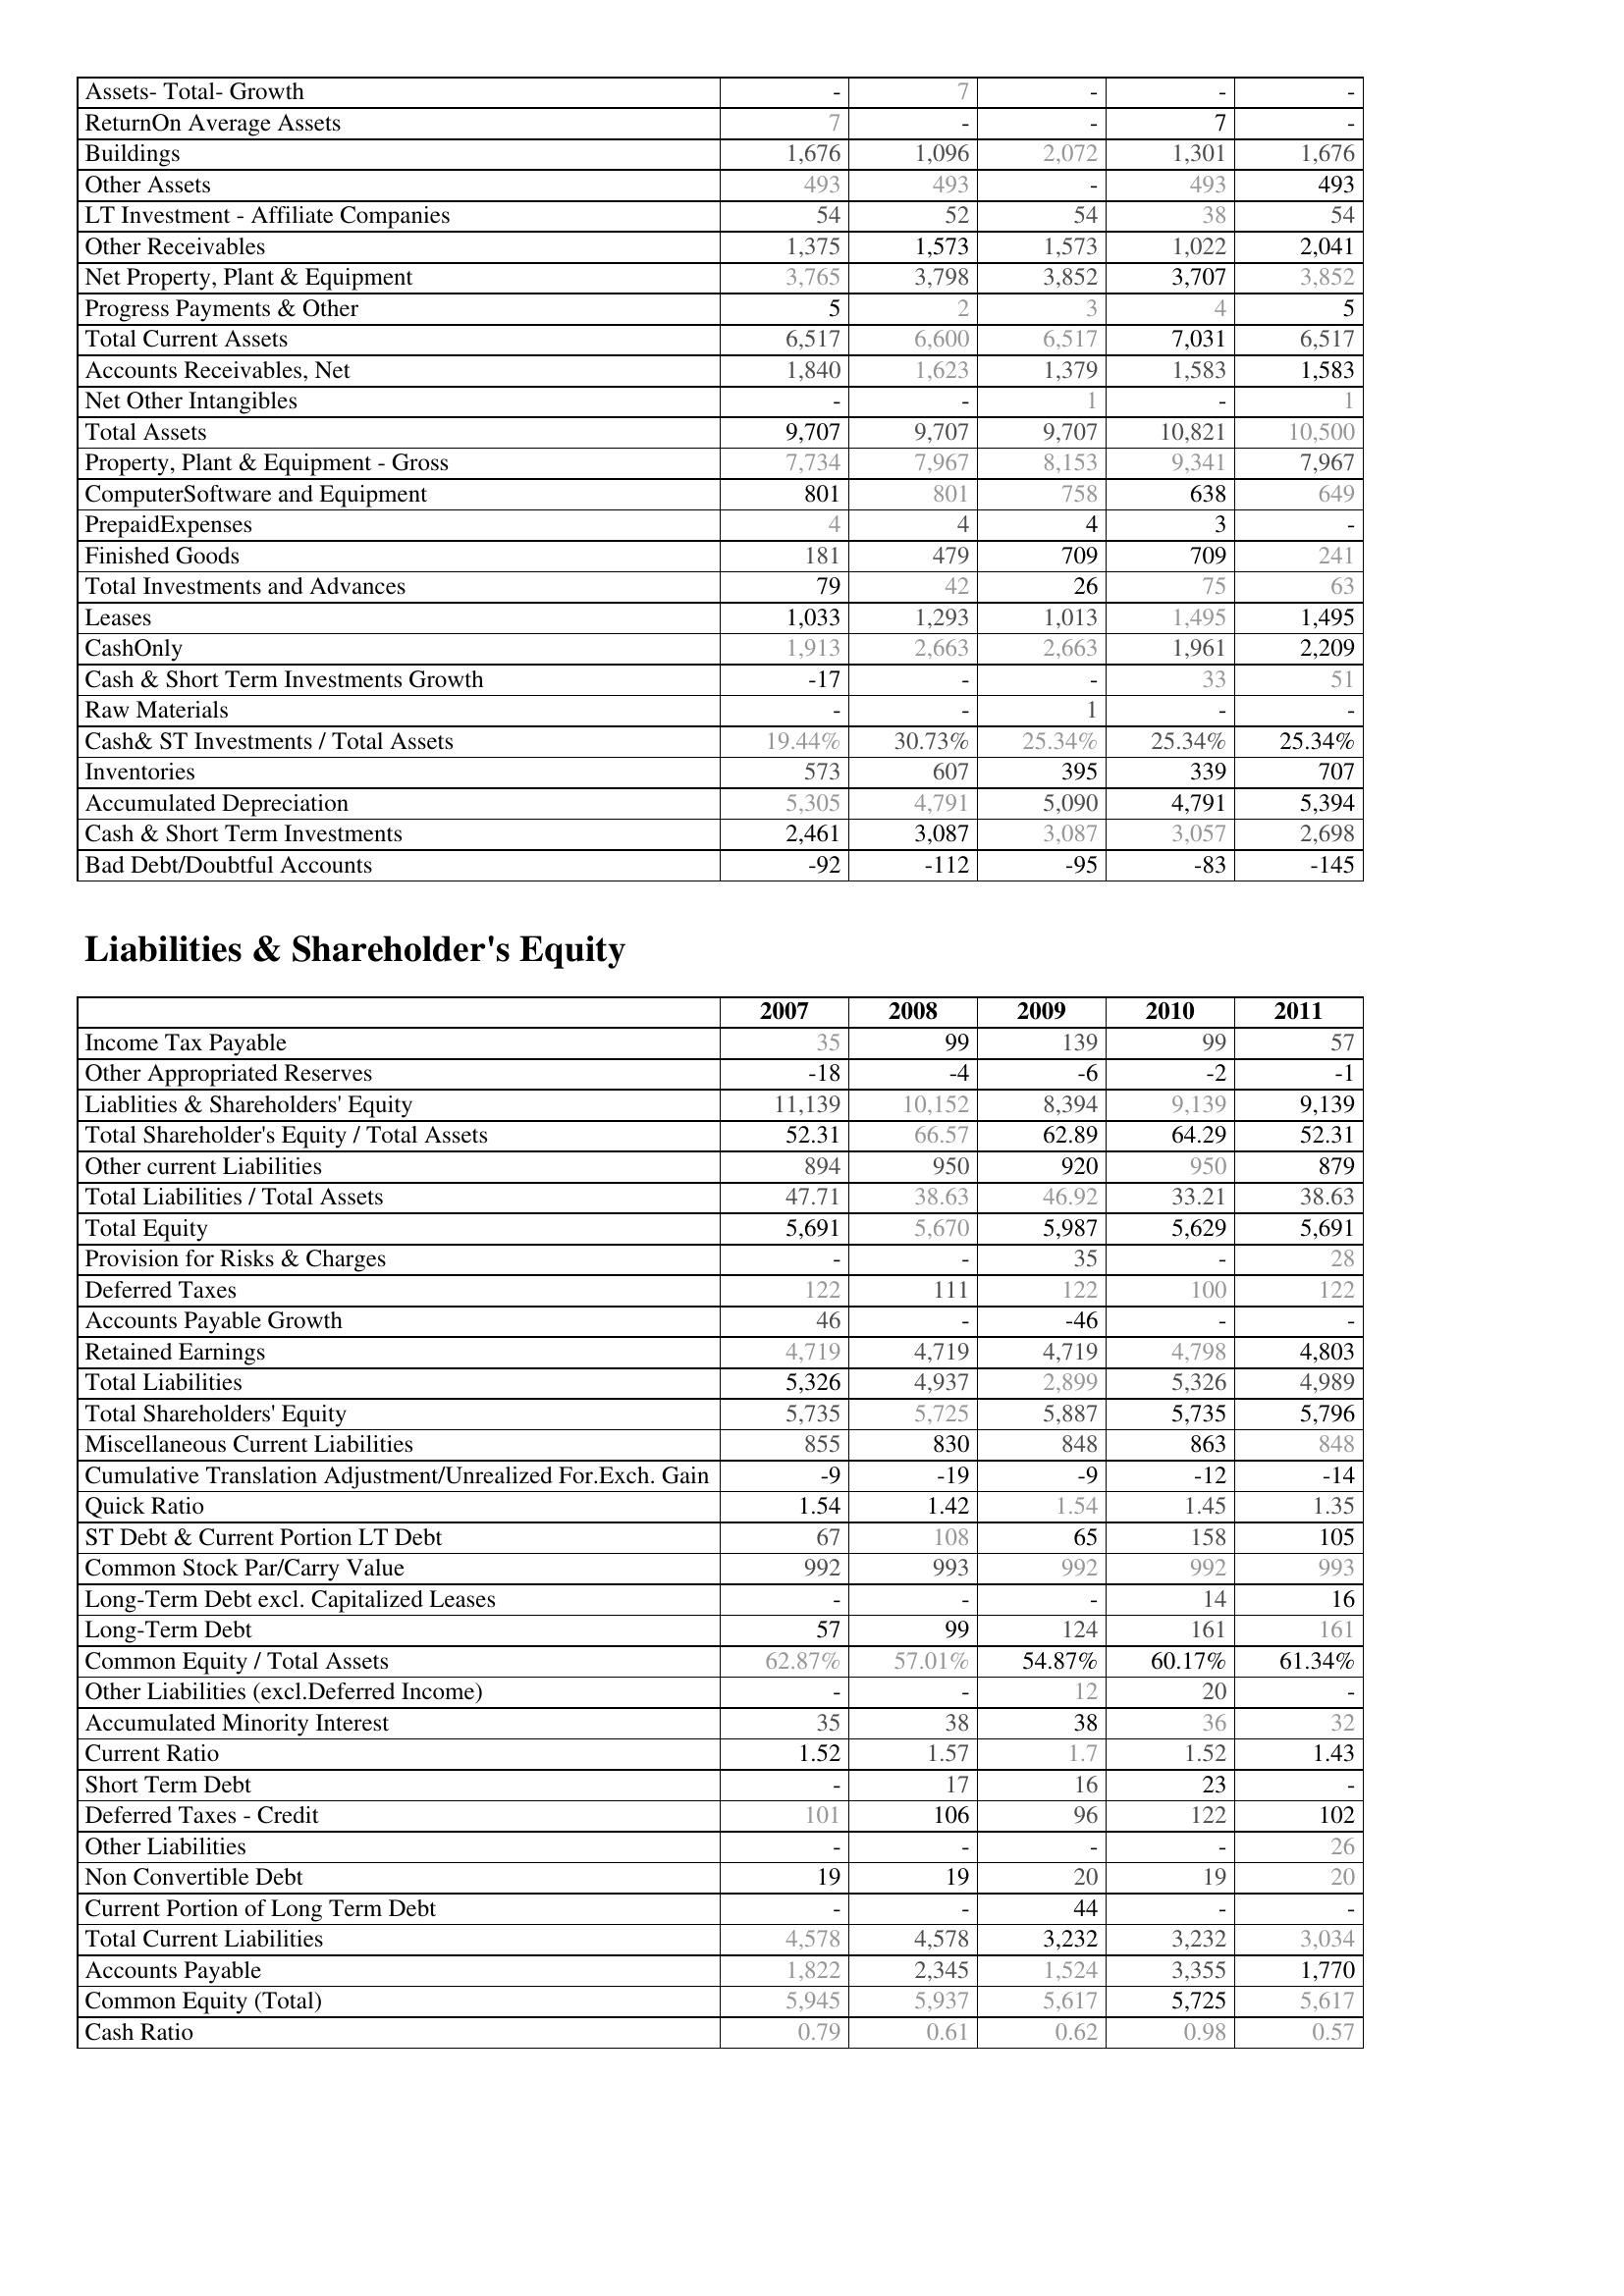
2007: Assets: Assets- Total- Growth: -
ReturnOn Average Assets: 7
Buildings: 1,676
Other Assets: 493
LT Investment - Affiliate Companies: 54
Other Receivables: 1,375
Net Property, Plant & Equipment: 3,765
Progress Payments & Other: 5
Total Current Assets: 6,517
Accounts Receivables, Net: 1,840
Net Other Intangibles: -
Total Assets: 9,707
Property, Plant & Equipment - Gross : 7,734
ComputerSoftware and Equipment: 801
PrepaidExpenses: 4
Finished Goods: 181
Total Investments and Advances: 79
Leases: 1,033
CashOnly: 1,913
Cash & Short Term Investments Growth: -17
Raw Materials: -
Cash& ST Investments / Total Assets: 19.44%
Inventories: 573
Accumulated Depreciation: 5,305
Cash & Short Term Investments: 2,461
Bad Debt/Doubtful Accounts: -92
Liabilities & Shareholder's Equity: Income Tax Payable: 35
Other Appropriated Reserves: -18
Liablities & Shareholders' Equity: 11,139
Total Shareholder's Equity / Total Assets: 52.31
Other current Liabilities: 894
Total Liabilities / Total Assets: 47.71
Total Equity: 5,691
Provision for Risks & Charges: -
Deferred Taxes: 122
Accounts Payable Growth: 46
Retained Earnings: 4,719
Total Liabilities: 5,326
Total Shareholders' Equity: 5,735
Miscellaneous Current Liabilities: 855
Cumulative Translation Adjustment/Unrealized For.Exch. Gain: -9
Quick Ratio: 1.54
ST Debt & Current Portion LT Debt: 67
Common Stock Par/Carry Value: 992
Long-Term Debt excl. Capitalized Leases: -
Long-Term Debt: 57
Common Equity / Total Assets: 62.87%
Other Liabilities (excl.Deferred Income): -
Accumulated Minority Interest: 35
Current Ratio: 1.52
Short Term Debt: -
Deferred Taxes - Credit: 101
Other Liabilities: -
Non Convertible Debt: 19
Current Portion of Long Term Debt: -
Total Current Liabilities: 4,578
Accounts Payable: 1,822
Common Equity (Total): 5,945
Cash Ratio: 0.79
2008: Assets: Assets- Total- Growth: 7
ReturnOn Average Assets: -
Buildings: 1,096
Other Assets: 493
LT Investment - Affiliate Companies: 52
Other Receivables: 1,573
Net Property, Plant & Equipment: 3,798
Progress Payments & Other: 2
Total Current Assets: 6,600
Accounts Receivables, Net: 1,623
Net Other Intangibles: -
Total Assets: 9,707
Property, Plant & Equipment - Gross : 7,967
ComputerSoftware and Equipment: 801
PrepaidExpenses: 4
Finished Goods: 479
Total Investments and Advances: 42
Leases: 1,293
CashOnly: 2,663
Cash & Short Term Investments Growth: -
Raw Materials: -
Cash& ST Investments / Total Assets: 30.73%
Inventories: 607
Accumulated Depreciation: 4,791
Cash & Short Term Investments: 3,087
Bad Debt/Doubtful Accounts: -112
Liabilities & Shareholder's Equity: Income Tax Payable: 99
Other Appropriated Reserves: -4
Liablities & Shareholders' Equity: 10,152
Total Shareholder's Equity / Total Assets: 66.57
Other current Liabilities: 950
Total Liabilities / Total Assets: 38.63
Total Equity: 5,670
Provision for Risks & Charges: -
Deferred Taxes: 111
Accounts Payable Growth: -
Retained Earnings: 4,719
Total Liabilities: 4,937
Total Shareholders' Equity: 5,725
Miscellaneous Current Liabilities: 830
Cumulative Translation Adjustment/Unrealized For.Exch. Gain: -19
Quick Ratio: 1.42
ST Debt & Current Portion LT Debt: 108
Common Stock Par/Carry Value: 993
Long-Term Debt excl. Capitalized Leases: -
Long-Term Debt: 99
Common Equity / Total Assets: 57.01%
Other Liabilities (excl.Deferred Income): -
Accumulated Minority Interest: 38
Current Ratio: 1.57
Short Term Debt: 17
Deferred Taxes - Credit: 106
Other Liabilities: -
Non Convertible Debt: 19
Current Portion of Long Term Debt: -
Total Current Liabilities: 4,578
Accounts Payable: 2,345
Common Equity (Total): 5,937
Cash Ratio: 0.61
2009: Assets: Assets- Total- Growth: -
ReturnOn Average Assets: -
Buildings: 2,072
Other Assets: -
LT Investment - Affiliate Companies: 54
Other Receivables: 1,573
Net Property, Plant & Equipment: 3,852
Progress Payments & Other: 3
Total Current Assets: 6,517
Accounts Receivables, Net: 1,379
Net Other Intangibles: 1
Total Assets: 9,707
Property, Plant & Equipment - Gross : 8,153
ComputerSoftware and Equipment: 758
PrepaidExpenses: 4
Finished Goods: 709
Total Investments and Advances: 26
Leases: 1,013
CashOnly: 2,663
Cash & Short Term Investments Growth: -
Raw Materials: 1
Cash& ST Investments / Total Assets: 25.34%
Inventories: 395
Accumulated Depreciation: 5,090
Cash & Short Term Investments: 3,087
Bad Debt/Doubtful Accounts: -95
Liabilities & Shareholder's Equity: Income Tax Payable: 139
Other Appropriated Reserves: -6
Liablities & Shareholders' Equity: 8,394
Total Shareholder's Equity / Total Assets: 62.89
Other current Liabilities: 920
Total Liabilities / Total Assets: 46.92
Total Equity: 5,987
Provision for Risks & Charges: 35
Deferred Taxes: 122
Accounts Payable Growth: -46
Retained Earnings: 4,719
Total Liabilities: 2,899
Total Shareholders' Equity: 5,887
Miscellaneous Current Liabilities: 848
Cumulative Translation Adjustment/Unrealized For.Exch. Gain: -9
Quick Ratio: 1.54
ST Debt & Current Portion LT Debt: 65
Common Stock Par/Carry Value: 992
Long-Term Debt excl. Capitalized Leases: -
Long-Term Debt: 124
Common Equity / Total Assets: 54.87%
Other Liabilities (excl.Deferred Income): 12
Accumulated Minority Interest: 38
Current Ratio: 1.7
Short Term Debt: 16
Deferred Taxes - Credit: 96
Other Liabilities: -
Non Convertible Debt: 20
Current Portion of Long Term Debt: 44
Total Current Liabilities: 3,232
Accounts Payable: 1,524
Common Equity (Total): 5,617
Cash Ratio: 0.62
2010: Assets: Assets- Total- Growth: -
ReturnOn Average Assets: 7
Buildings: 1,301
Other Assets: 493
LT Investment - Affiliate Companies: 38
Other Receivables: 1,022
Net Property, Plant & Equipment: 3,707
Progress Payments & Other: 4
Total Current Assets: 7,031
Accounts Receivables, Net: 1,583
Net Other Intangibles: -
Total Assets: 10,821
Property, Plant & Equipment - Gross : 9,341
ComputerSoftware and Equipment: 638
PrepaidExpenses: 3
Finished Goods: 709
Total Investments and Advances: 75
Leases: 1,495
CashOnly: 1,961
Cash & Short Term Investments Growth: 33
Raw Materials: -
Cash& ST Investments / Total Assets: 25.34%
Inventories: 339
Accumulated Depreciation: 4,791
Cash & Short Term Investments: 3,057
Bad Debt/Doubtful Accounts: -83
Liabilities & Shareholder's Equity: Income Tax Payable: 99
Other Appropriated Reserves: -2
Liablities & Shareholders' Equity: 9,139
Total Shareholder's Equity / Total Assets: 64.29
Other current Liabilities: 950
Total Liabilities / Total Assets: 33.21
Total Equity: 5,629
Provision for Risks & Charges: -
Deferred Taxes: 100
Accounts Payable Growth: -
Retained Earnings: 4,798
Total Liabilities: 5,326
Total Shareholders' Equity: 5,735
Miscellaneous Current Liabilities: 863
Cumulative Translation Adjustment/Unrealized For.Exch. Gain: -12
Quick Ratio: 1.45
ST Debt & Current Portion LT Debt: 158
Common Stock Par/Carry Value: 992
Long-Term Debt excl. Capitalized Leases: 14
Long-Term Debt: 161
Common Equity / Total Assets: 60.17%
Other Liabilities (excl.Deferred Income): 20
Accumulated Minority Interest: 36
Current Ratio: 1.52
Short Term Debt: 23
Deferred Taxes - Credit: 122
Other Liabilities: -
Non Convertible Debt: 19
Current Portion of Long Term Debt: -
Total Current Liabilities: 3,232
Accounts Payable: 3,355
Common Equity (Total): 5,725
Cash Ratio: 0.98
2011: Assets: Assets- Total- Growth: -
ReturnOn Average Assets: -
Buildings: 1,676
Other Assets: 493
LT Investment - Affiliate Companies: 54
Other Receivables: 2,041
Net Property, Plant & Equipment: 3,852
Progress Payments & Other: 5
Total Current Assets: 6,517
Accounts Receivables, Net: 1,583
Net Other Intangibles: 1
Total Assets: 10,500
Property, Plant & Equipment - Gross : 7,967
ComputerSoftware and Equipment: 649
PrepaidExpenses: -
Finished Goods: 241
Total Investments and Advances: 63
Leases: 1,495
CashOnly: 2,209
Cash & Short Term Investments Growth: 51
Raw Materials: -
Cash& ST Investments / Total Assets: 25.34%
Inventories: 707
Accumulated Depreciation: 5,394
Cash & Short Term Investments: 2,698
Bad Debt/Doubtful Accounts: -145
Liabilities & Shareholder's Equity: Income Tax Payable: 57
Other Appropriated Reserves: -1
Liablities & Shareholders' Equity: 9,139
Total Shareholder's Equity / Total Assets: 52.31
Other current Liabilities: 879
Total Liabilities / Total Assets: 38.63
Total Equity: 5,691
Provision for Risks & Charges: 28
Deferred Taxes: 122
Accounts Payable Growth: -
Retained Earnings: 4,803
Total Liabilities: 4,989
Total Shareholders' Equity: 5,796
Miscellaneous Current Liabilities: 848
Cumulative Translation Adjustment/Unrealized For.Exch. Gain: -14
Quick Ratio: 1.35
ST Debt & Current Portion LT Debt: 105
Common Stock Par/Carry Value: 993
Long-Term Debt excl. Capitalized Leases: 16
Long-Term Debt: 161
Common Equity / Total Assets: 61.34%
Other Liabilities (excl.Deferred Income): -
Accumulated Minority Interest: 32
Current Ratio: 1.43
Short Term Debt: -
Deferred Taxes - Credit: 102
Other Liabilities: 26
Non Convertible Debt: 20
Current Portion of Long Term Debt: -
Total Current Liabilities: 3,034
Accounts Payable: 1,770
Common Equity (Total): 5,617
Cash Ratio: 0.57